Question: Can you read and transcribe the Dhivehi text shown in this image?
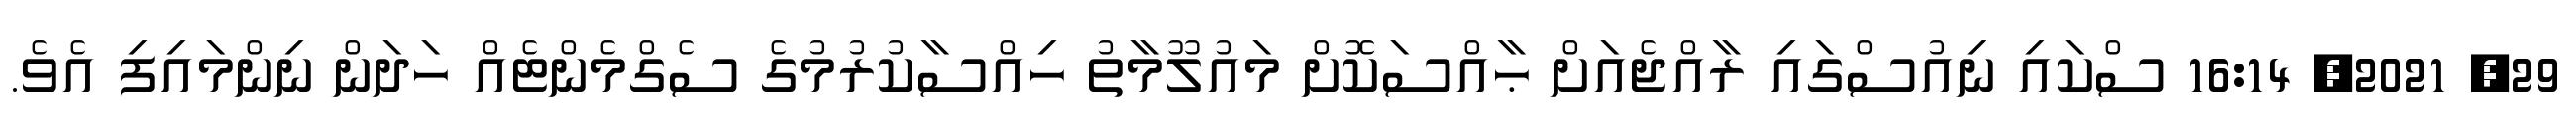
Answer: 29, 2021, 16:14 ސްކައި ނިއުސްގައި ރާއްޖެއަށް ޙާއްސަކޮށް މައުލޫމާތު ހިއްސާކުރުމުގެ ސެގްމެންޓެއް ހަދަން ނިންމައިފި އެވެ.